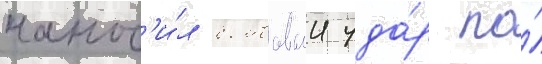
нанос'и́л бомбовыи уда́р по́